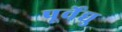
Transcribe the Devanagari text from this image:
पूर्वेद्यु